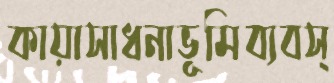
কায়াসাধনাভূমিব্যবস্